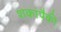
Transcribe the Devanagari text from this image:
शकांपैकी